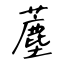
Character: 薼